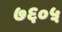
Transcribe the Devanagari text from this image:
७६०५